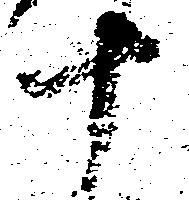
十